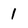
Character: 1